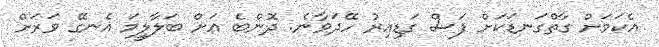
އެކަމަށް ގާތްގަނޑަކަށް ފަސް ގަޑިއިރު ހޭދަވާނެ. ދޮންބެ އަށް ބަލާލީމަ އެނގޭ ވަރަަށް